Lunatic asylums Punjab 1868-1880 - 1868-1880
Year: 1868
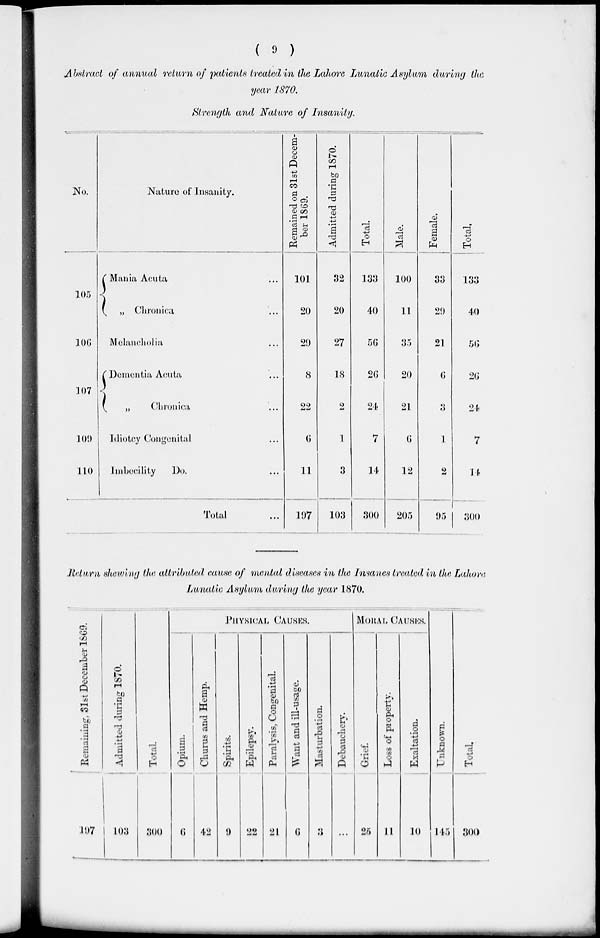
( 9 )
Abstract of annual return of patients treated in the Lahore Lunatic Asylum during the
year 1870.
Strength and Nature of Insanity.
No.
105
106
107
100
110
Nature of Insanity.
Mania Acuta ...
„ Chronica ...
Melancholia ...
Dementia Acuta ...
„
Chronica ...
Idiotey Congenital ...
Imbecility
Do. ...
Total ...
Remained on 31st Decem-
ber 1869.
101
20
29
8
22
6
11
197
Admitted during 1870.
32
20
27
18
2
1
3
103
Total.
133
40
56
26
24
7
14
300
Male.
100
11
35
20
21
6
12
205
Female.
33
29
21
6
3
1
2
95
Total
133
40
56
26
24
7
14
300
Return showing the attributed cause of mental diseases in the Insanes treated in the Lahore
Lunatic Asylum during the year 1870.
Remaining, 31st December 1869.
107
Admitted during 1870.
103
Total.
300
PHYSICAL CAUSES.
Opium.
6
Churus
and Hemp.
42
Spirits.
9
Epilepsy.
22
Paralysis, Congenital.
21
Want and ill-usage.
6
Masturbation.
3
Debauchery.
...
MORAL CAUSES.
Grief.
25
Loss of property.
11
Exaltation.
10
Unknown.
145
Total.
300